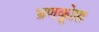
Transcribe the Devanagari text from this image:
भ्रूणकोश